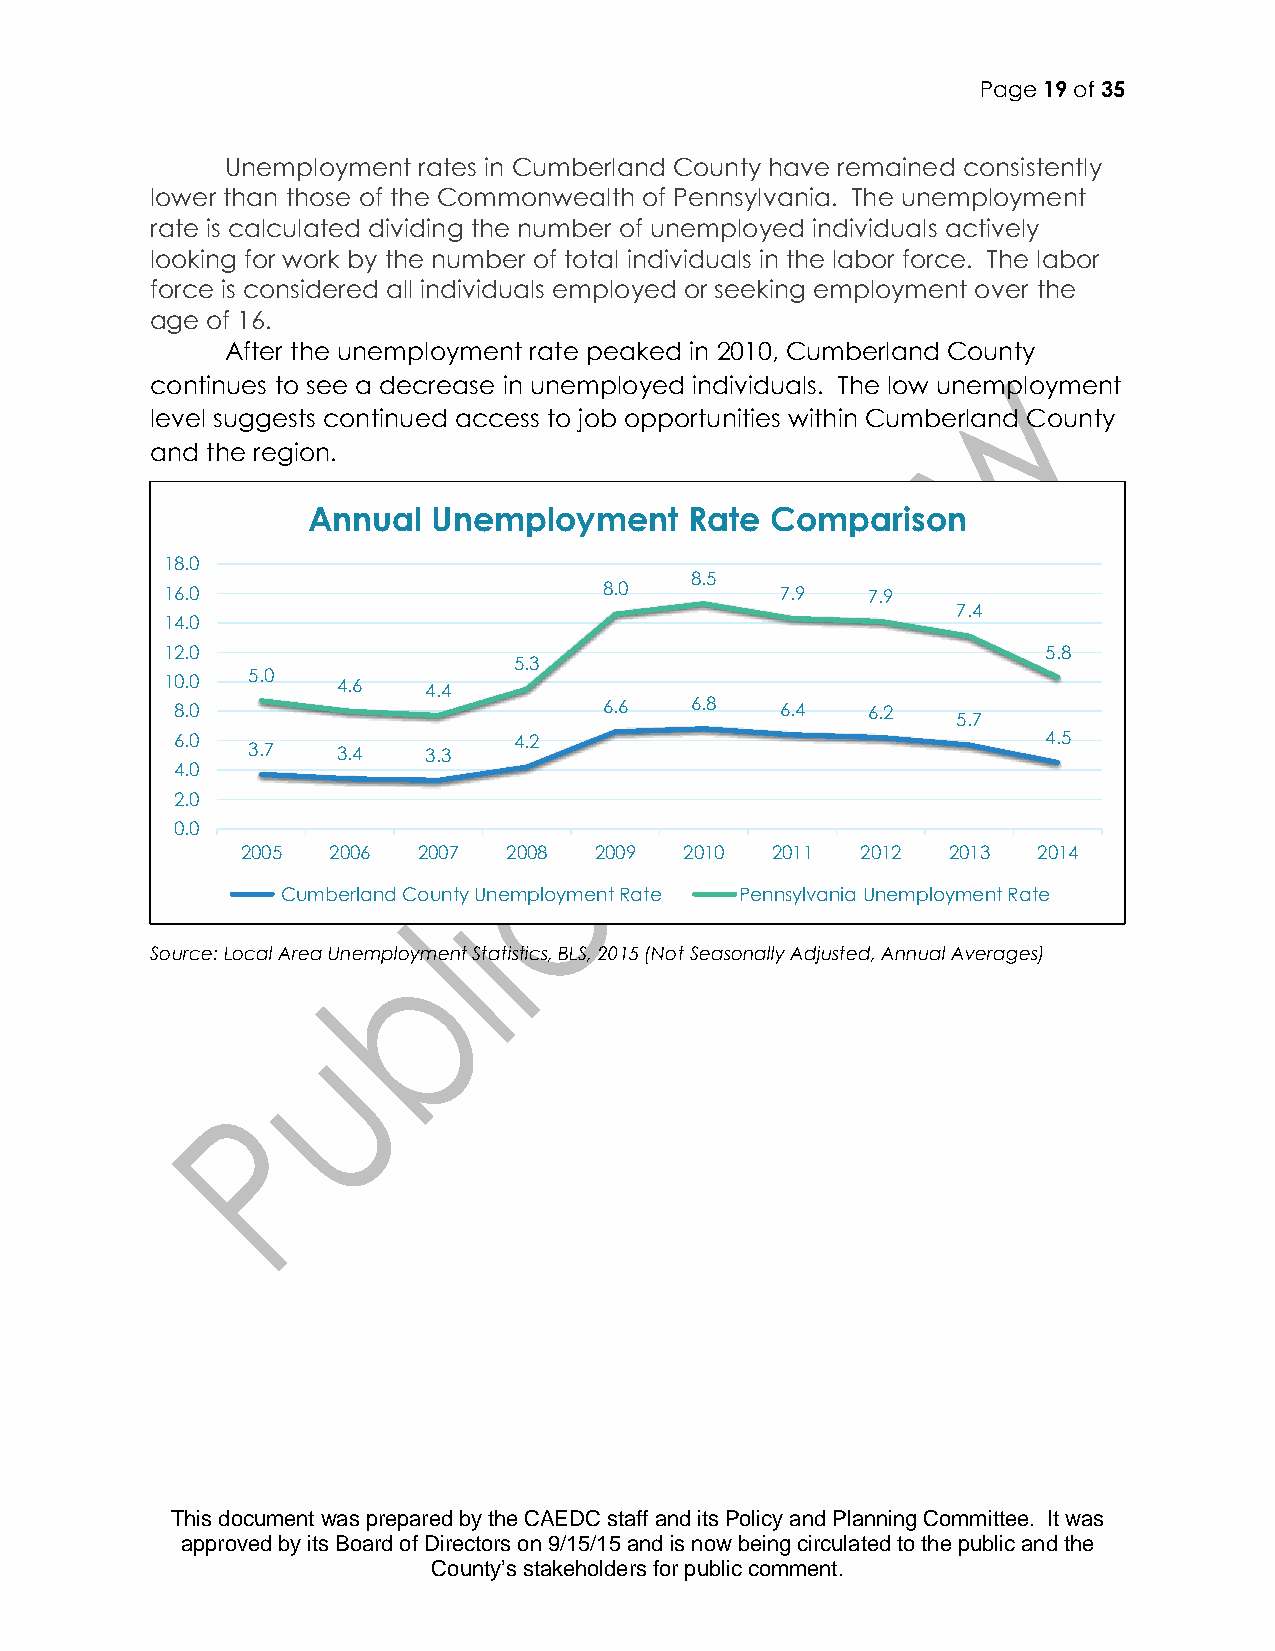
Page 19 of 35
 Unemployment rates in Cumberland County have remained consistently
 lower than those of the Commonwealth of Pennsylvania. The unemployment
 rate is calculated dividing the number of unemployed individuals actively
 looking for work by the number of total individuals in the labor force. The labor
 force is considered all individuals employed or seeking employment over the
 age of 16.
 After the unemployment rate peaked in 2010, Cumberland County
 continues to see a decrease in unemployed individuals. The low unemployment
 level suggests continued access to job opportunities within Cumberland County
 and the region.
 Annual   Unemployment     Rate Comparison
 18.0
 8.5
 16.0                         8.0         7.9  7.9
 7.4
 14.0
 12.0                                                      5.8
 5.3
 10.0 5.0   4.6   4.4
 8.0                         6.6   6.8   6.4  6.2
 5.7
 6.0                   4.2                                4.5
 3.7   3.4   3.3
 4.0
 2.0
 0.0
 2005  2006  2007  2008 2009  2010  2011  2012  2013  2014
 Cumberland County Unemployment Rate Pennsylvania Unemployment Rate
 Source: Local Area Unemployment Statistics, BLS, 2015 (Not Seasonally Adjusted, Annual Averages)
 This document was prepared by the CAEDC staff and its Policy and Planning Committee. It was
 approved by its Board of Directors on 9/15/15 and is now being circulated to the public and the
 County’s stakeholders for public comment.